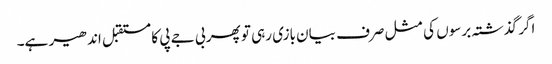
اگر گذشتہ برسوں کی مثل صرف بیان بازی رہی تو پھر بی جے پی کا مستقبل اندھیر ہے۔